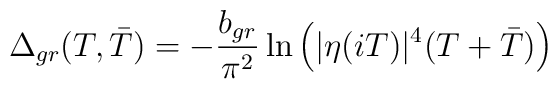
\Delta_{gr}(T,\bar{T})=-\frac{b_{gr}}{\pi^2}\ln\Big(|\eta(iT)|^4(T+\bar{T})\Big)